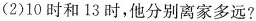
(2)10时和13时，他分别离家多远?